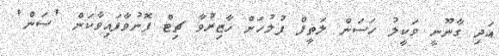
އަދި ގާނޫނީ ވަކީލު ހަސަން ލަތީފް ފުލުހަށް ހާޒިރުވާ ޗިޓް ފޮނުވާފައިވާކަން 'ސަން'